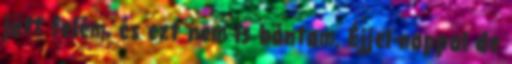
jött felém, és ezt nem is bántam. Éjjel-nappal de